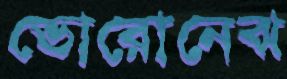
ভোরোনেঝ